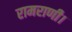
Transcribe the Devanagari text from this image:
रामराणी।